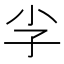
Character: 𮱡